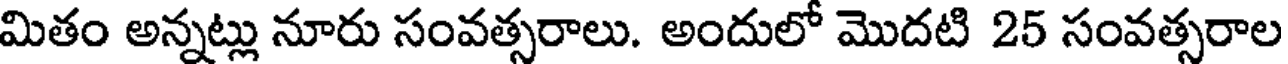
మితం అన్నట్లు నూరు సంవత్సరాలు. అందులో మొదటి 25 సంవత్సరాల